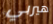
هيربي